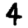
Digit: 4